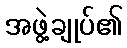
အဖွဲ့ချုပ်၏